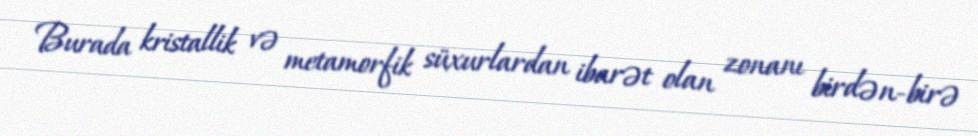
Burada kristallik və metamorfik süxurlardan ibarət olan zonanı birdən-birə